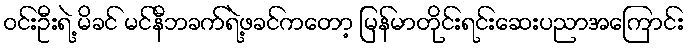
ဝင်းဦးရဲ့ မိခင် မင်နီဘခက်ရဲ့ဖခင်ကတော့ မြန်မာတိုင်းရင်းဆေးပညာအကြောင်း